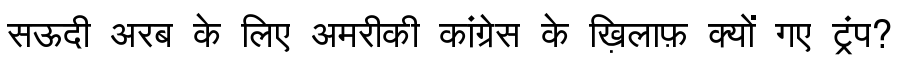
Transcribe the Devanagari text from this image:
सऊदी अरब के लिए अमरीकी कांग्रेस के ख़िलाफ़ क्यों गए ट्रंप?